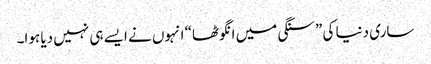
ساری دنیا کی ”سنگی میں انگوٹھا“ انہوں نے ایسے ہی نہیں دیا ہوا۔